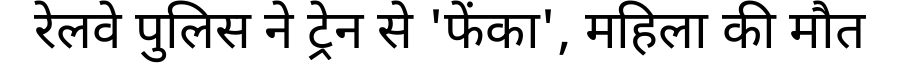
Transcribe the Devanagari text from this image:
रेलवे पुलिस ने ट्रेन से 'फेंका', महिला की मौत